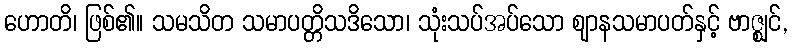
ဟောတိ၊ ဖြစ်၏။ သမသိတ သမာပတ္တိသဒိသော၊ သုံးသပ်အပ်သော ဈာနသမာပတ်နှင့် ဗာဇ္ဈင်,